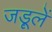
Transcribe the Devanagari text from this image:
जड़ूलें